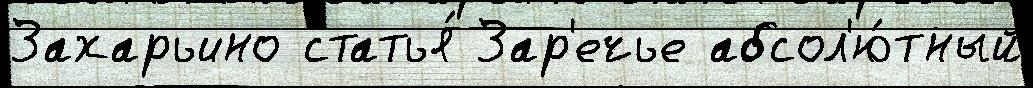
Захарьино статья́ Зар'ечье абсол'ю́тный